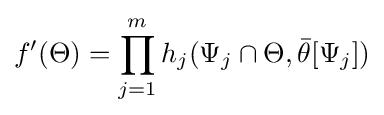
f'(\Theta )=\prod _{j=1}^{m}h_{j}(\Psi _{j}\cap \Theta ,{\bar {\theta }}[\Psi _{j}])